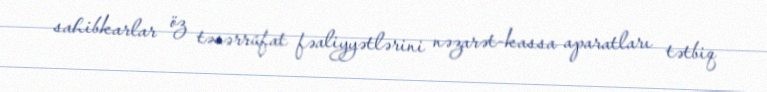
sahibkarlar öz təsərrüfat fəaliyyətlərini nəzarət-kassa aparatları tətbiq